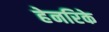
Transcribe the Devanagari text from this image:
हेनरिके